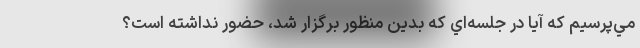
مي‌پرسيم كه آيا در جلسه‌اي كه بدين منظور برگزار شد، حضور نداشته است؟